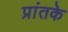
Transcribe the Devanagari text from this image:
प्रांतके